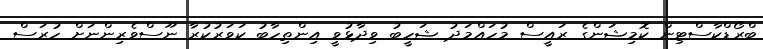
ބްރޯޑްކާސްޓިން ކޮމިޝަންގެ ރައީސް މުހައްމަދު ޝަހީބު ވިދާޅުވީ އިންތިހާބު ކަވަރުކުރާ ނޫސްވެރިންނަށް ހުރަސް